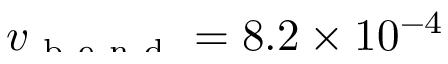
\smash { v _ { \mathrm { ~ b ~ e ~ n ~ d ~ } } = 8 . 2 \times 1 0 ^ { - 4 } }